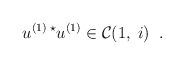
LaTeX: \begin{align*}u^{(1) \; \star}u^{(1)} \in {\cal C}(1, \; i) \; \; .\end{align*}